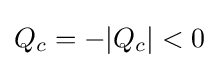
Q_{c}=-|Q_{c}|<0